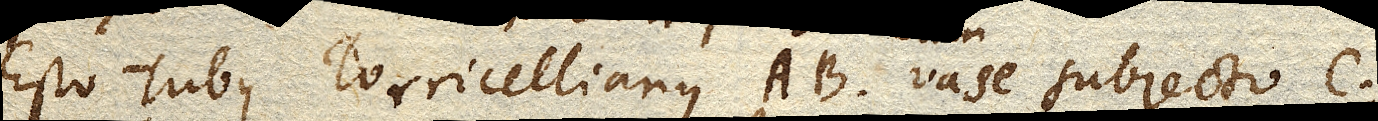
Esto Tubus Torricellianus Ab. subjecto C.